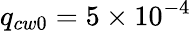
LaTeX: q_{cw0}=5\times 10^{-4}